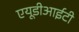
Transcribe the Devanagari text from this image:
एयूडीआईटी